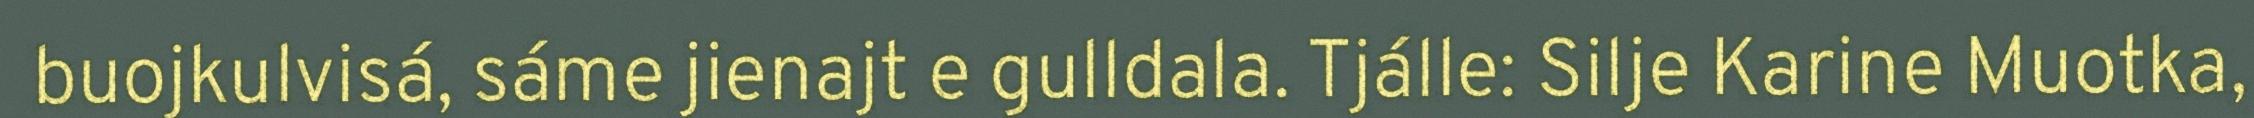
buojkulvisá, sáme jienajt e gulldala. Tjálle: Silje Karine Muotka,